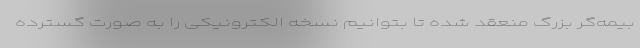
بیمه‌گر بزرگ منعقد شده تا بتوانیم نسخه الکترونیکی را به صورت گسترده